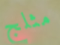
مثلج